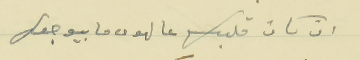
ان كان قلبك عالهوى ما بيوجعك